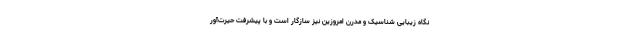
نگاه زیبایی شناسیک و مدرن امروزین نیز سازگار است و با پیشرفت حیرت‌آور